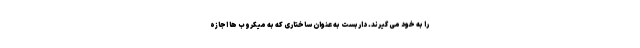
را به خود می گیرند. داربست به عنوان ساختاری که به میکروب ها اجازه